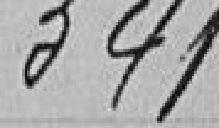
341